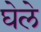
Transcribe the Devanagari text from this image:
घेले